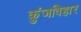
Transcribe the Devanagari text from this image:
कुंजविहार